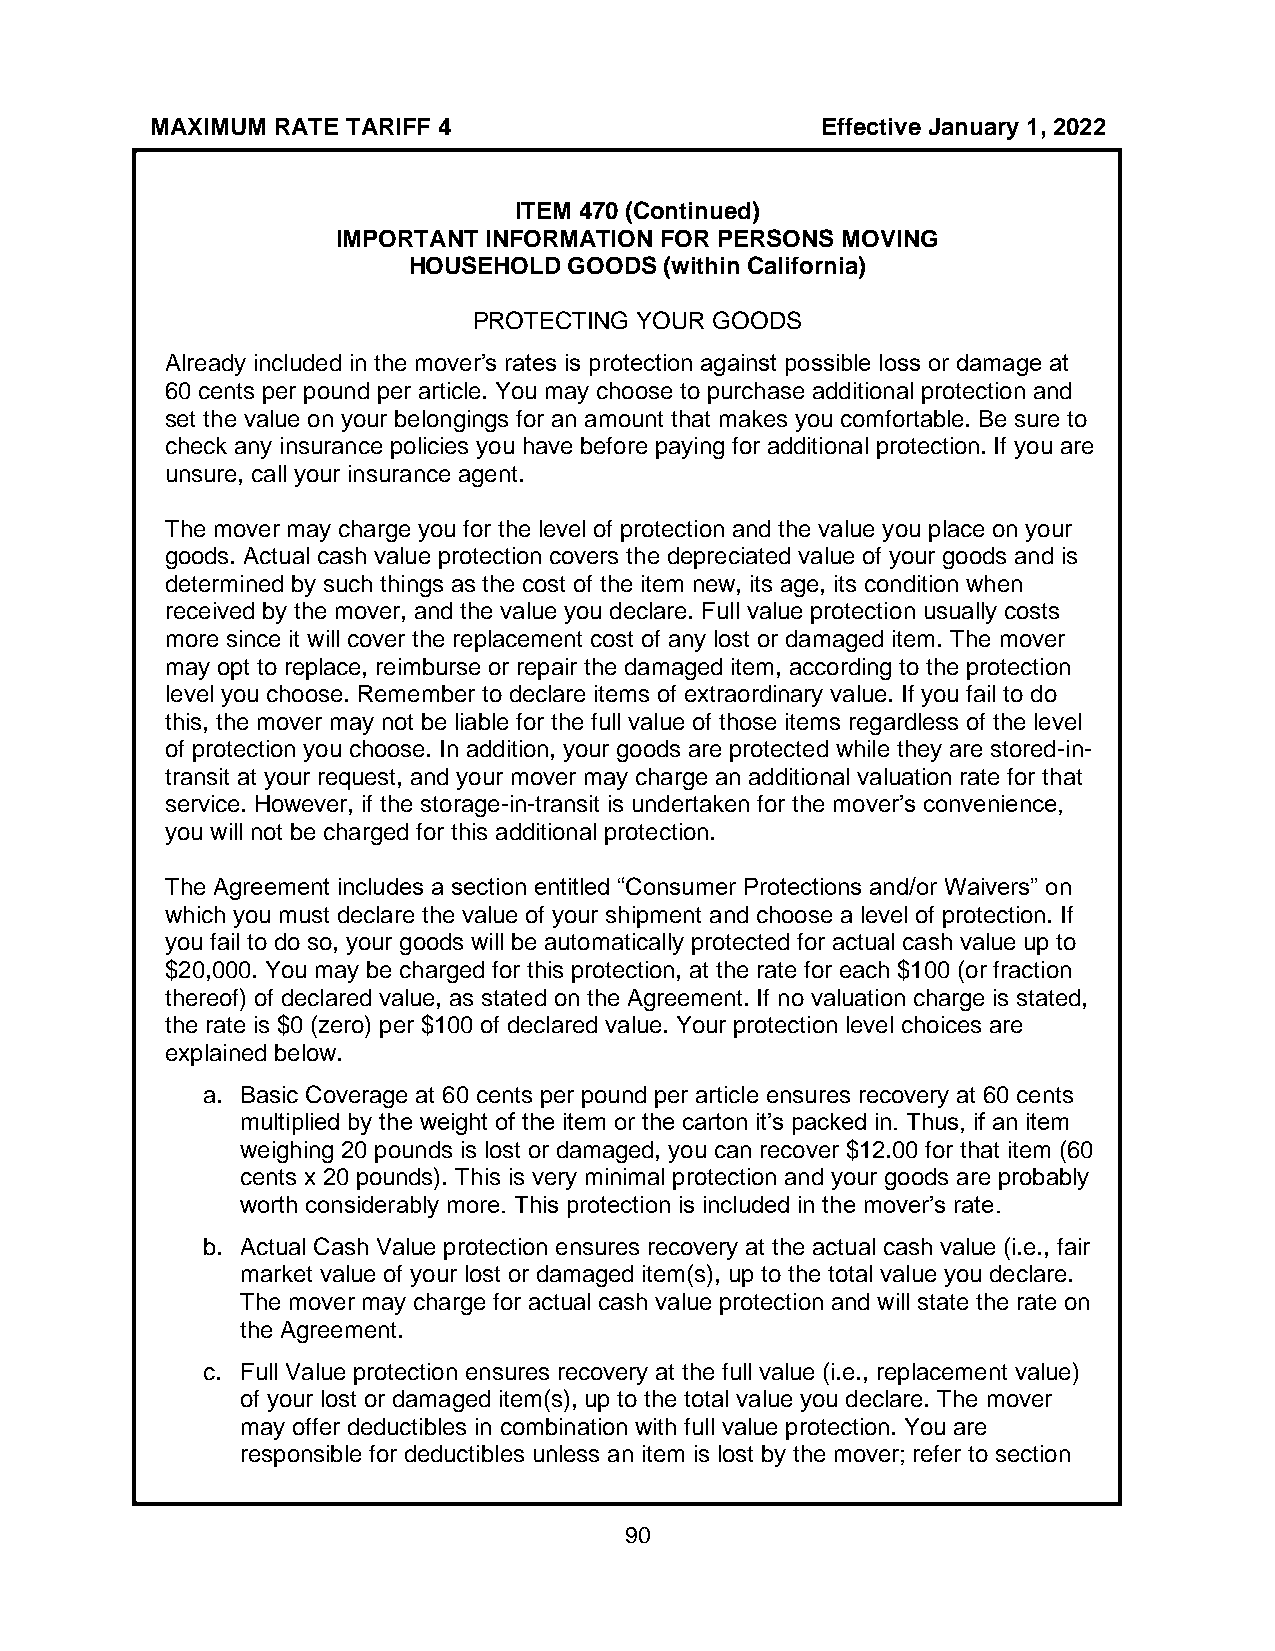
MAXIMUM RATE TARIFF 4                       Effective January 1, 2022
 ITEM 470 (Continued)
 IMPORTANT INFORMATION FOR PERSONS MOVING
 HOUSEHOLD  GOODS (within California)
 PROTECTING YOUR GOODS
 Already included in the mover’s rates is protection against possible loss or damage at
 60 cents per pound per article. You may choose to purchase additional protection and
 set the value on your belongings for an amount that makes you comfortable. Be sure to
 check any insurance policies you have before paying for additional protection. If you are
 unsure, call your insurance agent.
 The mover may charge you for the level of protection and the value you place on your
 goods. Actual cash value protection covers the depreciated value of your goods and is
 determined by such things as the cost of the item new, its age, its condition when
 received by the mover, and the value you declare. Full value protection usually costs
 more since it will cover the replacement cost of any lost or damaged item. The mover
 may opt to replace, reimburse or repair the damaged item, according to the protection
 level you choose. Remember to declare items of extraordinary value. If you fail to do
 this, the mover may not be liable for the full value of those items regardless of the level
 of protection you choose. In addition, your goods are protected while they are stored-in-
 transit at your request, and your mover may charge an additional valuation rate for that
 service. However, if the storage-in-transit is undertaken for the mover’s convenience,
 you will not be charged for this additional protection.
 The Agreement includes a section entitled “Consumer Protections and/or Waivers” on
 which you must declare the value of your shipment and choose a level of protection. If
 you fail to do so, your goods will be automatically protected for actual cash value up to
 $20,000. You may be charged for this protection, at the rate for each $100 (or fraction
 thereof) of declared value, as stated on the Agreement. If no valuation charge is stated,
 the rate is $0 (zero) per $100 of declared value. Your protection level choices are
 explained below.
 a. Basic Coverage at 60 cents per pound per article ensures recovery at 60 cents
 multiplied by the weight of the item or the carton it’s packed in. Thus, if an item
 weighing 20 pounds is lost or damaged, you can recover $12.00 for that item (60
 cents x 20 pounds). This is very minimal protection and your goods are probably
 worth considerably more. This protection is included in the mover’s rate.
 b. Actual Cash Value protection ensures recovery at the actual cash value (i.e., fair
 market value of your lost or damaged item(s), up to the total value you declare.
 The mover may charge for actual cash value protection and will state the rate on
 the Agreement.
 c. Full Value protection ensures recovery at the full value (i.e., replacement value)
 of your lost or damaged item(s), up to the total value you declare. The mover
 may offer deductibles in combination with full value protection. You are
 responsible for deductibles unless an item is lost by the mover; refer to section
 90